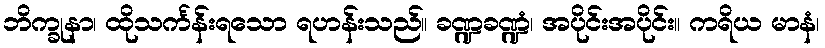
ဘိက္ခုနာ၊ ထိုသင်္ကန်းရသော ရဟန်းသည်။ ခဏ္ဍခဏ္ဍံ၊ အပိုင်းအပိုင်း။ ကရိယ မာနံ၊